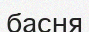
басня